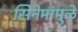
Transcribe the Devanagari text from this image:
सिनेमांमुळे